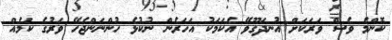
ކޮންމެ ވެސް ވަރަކަށް އުނދަގޫވޭ އެކަމަކު އަހަރެން ނުކުޅެ ހުންނަންޖެހޭ ވަރުގެ ކަމެއް